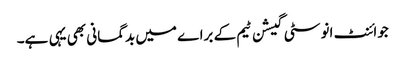
جوائنٹ انوسٹی گیشن ٹیم کے براے میں بدگمانی بھی یہی ہے۔